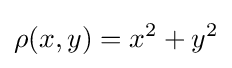
\rho (x,y)=x^{2}+y^{2}